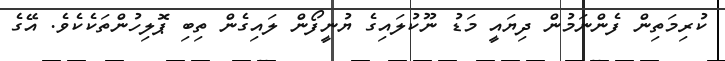
ކުރިމަތިން ފެންނަމުން ދިޔައީ މަޑު ނޫކުލައިގެ ޔުނީފޯން ލައިގެން ތިބި ޕޮލިހުންތަކެކެވެ. އޭގެ